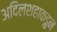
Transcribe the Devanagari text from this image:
अदिलशहाकडुन